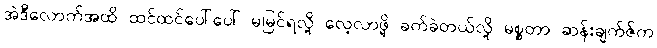
အဲဒီလောက်အထိ ထင်ထင်ပေါ်ပေါ် မမြင်ရလို့ လေ့လာဖို့ ခက်ခဲတယ်လို့ မစ္စတာ ဆန်းချက်ဇ်က